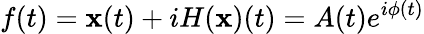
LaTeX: f(t)=\mathbf{x}(t)+iH(\mathbf{x})(t)=A(t)e^{i\phi(t)}